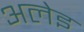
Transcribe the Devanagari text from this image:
अलेइ